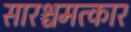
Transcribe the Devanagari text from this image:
सारश्चमत्कार